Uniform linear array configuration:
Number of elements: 64
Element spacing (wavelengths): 0.25
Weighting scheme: uniform
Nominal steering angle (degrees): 60
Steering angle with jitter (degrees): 60.093
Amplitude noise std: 0.05
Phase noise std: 0.05

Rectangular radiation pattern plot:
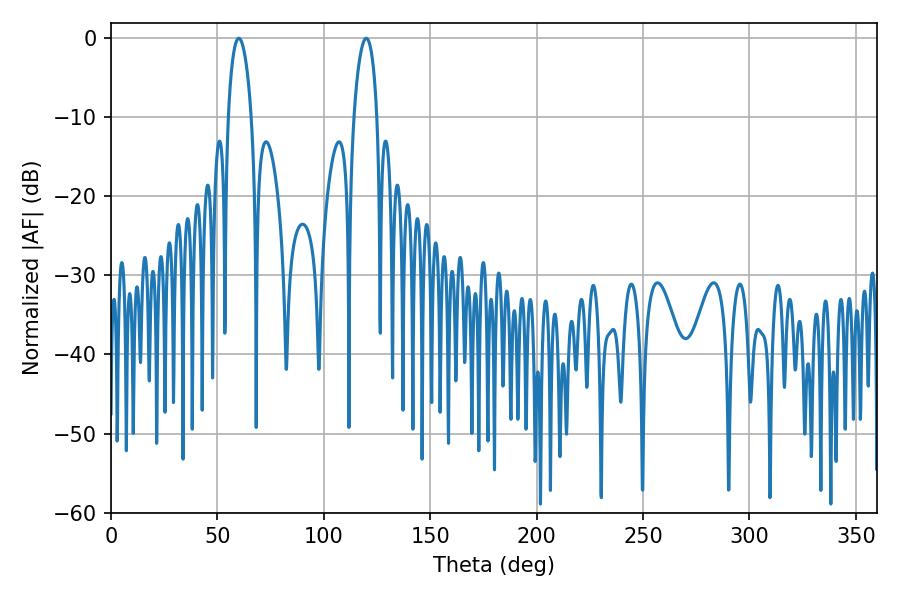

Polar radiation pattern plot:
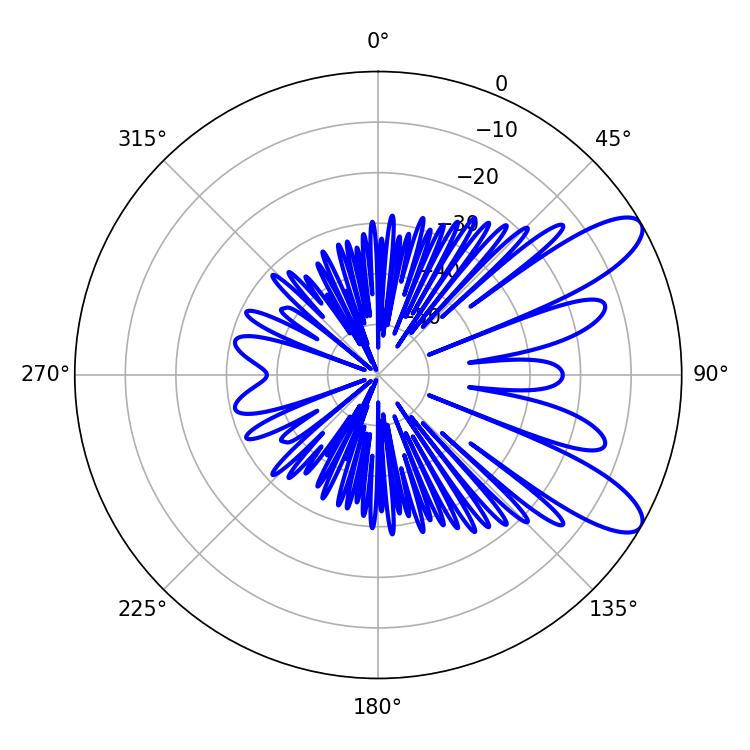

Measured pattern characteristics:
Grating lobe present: FALSE
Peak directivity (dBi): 9.713
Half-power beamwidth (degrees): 6.3
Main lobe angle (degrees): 60.12